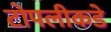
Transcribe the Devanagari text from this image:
टोपलीकडे